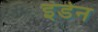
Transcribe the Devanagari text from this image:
इंडेन